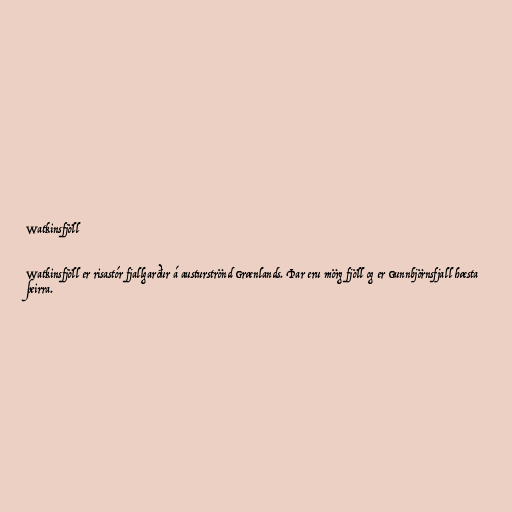
Watkinsfjöll

Watkinsfjöll er risastór fjallgarður á austurströnd Grænlands. Þar eru mörg fjöll og er Gunnbjörnsfjall hæsta
þeirra.